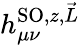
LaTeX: h_{\mu\nu}^{\textrm{SO},z,\vec{L}}